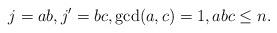
LaTeX: \begin{align*} j=ab,j'=bc,\gcd(a,c)=1,abc\le n.\end{align*}